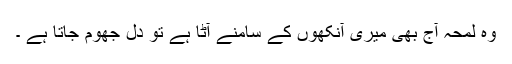
وہ لمحہ آج بھی میری آنکھوں کے سامنے آٹا ہے تو دل جھوم جاتا ہے ۔